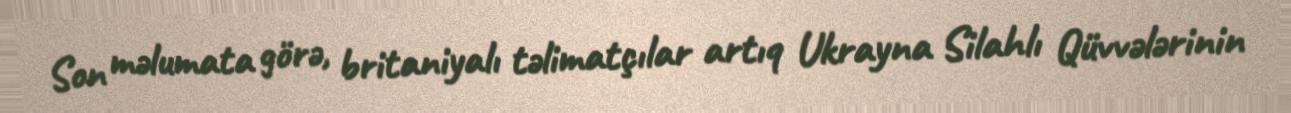
Son məlumata görə, britaniyalı təlimatçılar artıq Ukrayna Silahlı Qüvvələrinin